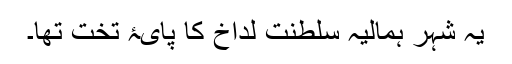
یہ شہر ہمالیہ سلطنت لداخ کا پایۂ تخت تھا۔